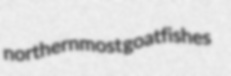
northernmost goatfishes